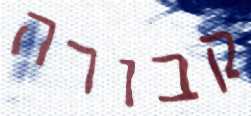
קבורה